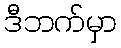
ဒီဘက်မှာ